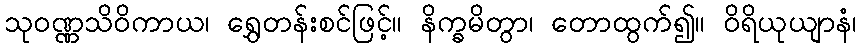
သုဝဏ္ဏသိဝိကာယ၊ ရွှေတန်းစင်ဖြင့်။ နိက္ခမိတွာ၊ တောထွက်၍။ ဝိရိယုယျာနံ၊